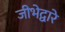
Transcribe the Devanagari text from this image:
जीभेद्वारे